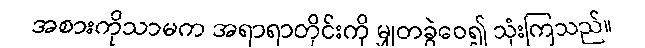
အစားကိုသာမက အရာရာတိုင်းကို မျှတခွဲဝေ၍ သုံးကြသည်။